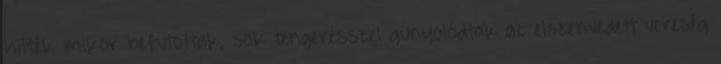
hitték mikor befutottak, sok tengerésszel gúnyolódtak az elszenvedett vereség